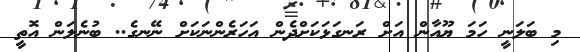
މި ބަލަނީ ހަމަ ޔޫއާން އަށް ރަނގަޅަކަށްދެން އަަހަރެންނަކަށް ނޭނގެ.. ބުނެލަން އޮތީ